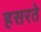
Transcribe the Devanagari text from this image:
हसरते